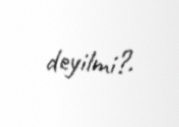
deyilmi?.